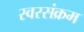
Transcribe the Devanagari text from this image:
स्वरसंक्रम